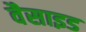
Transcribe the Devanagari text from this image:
वैसाइड